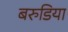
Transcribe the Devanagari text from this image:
बरुडिया